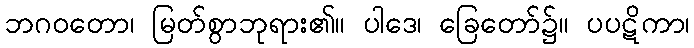
ဘဂဝတော၊ မြတ်စွာဘုရား၏။ ပါဒေ၊ ခြေတော်၌။ ပပဋိကာ၊